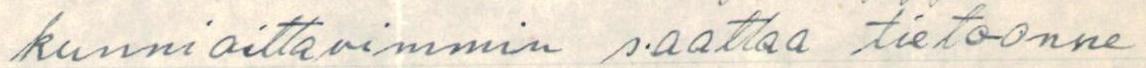
kunnioittavimmin saattaa tietoonne